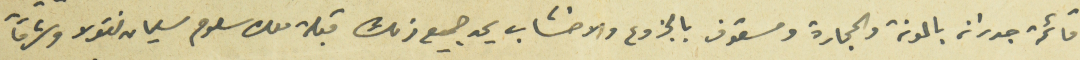
قائمة جدران بالمونة والحجارة ومسقوف بالجزوع والاخشاب يحد جميع ذلك قبلة ملك سلوم سليمان نقولا وشرقاً